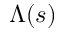
\Lambda ( s )